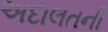
અદાલતની